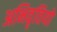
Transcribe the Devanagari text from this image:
अभिवृतियों